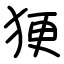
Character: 㹴